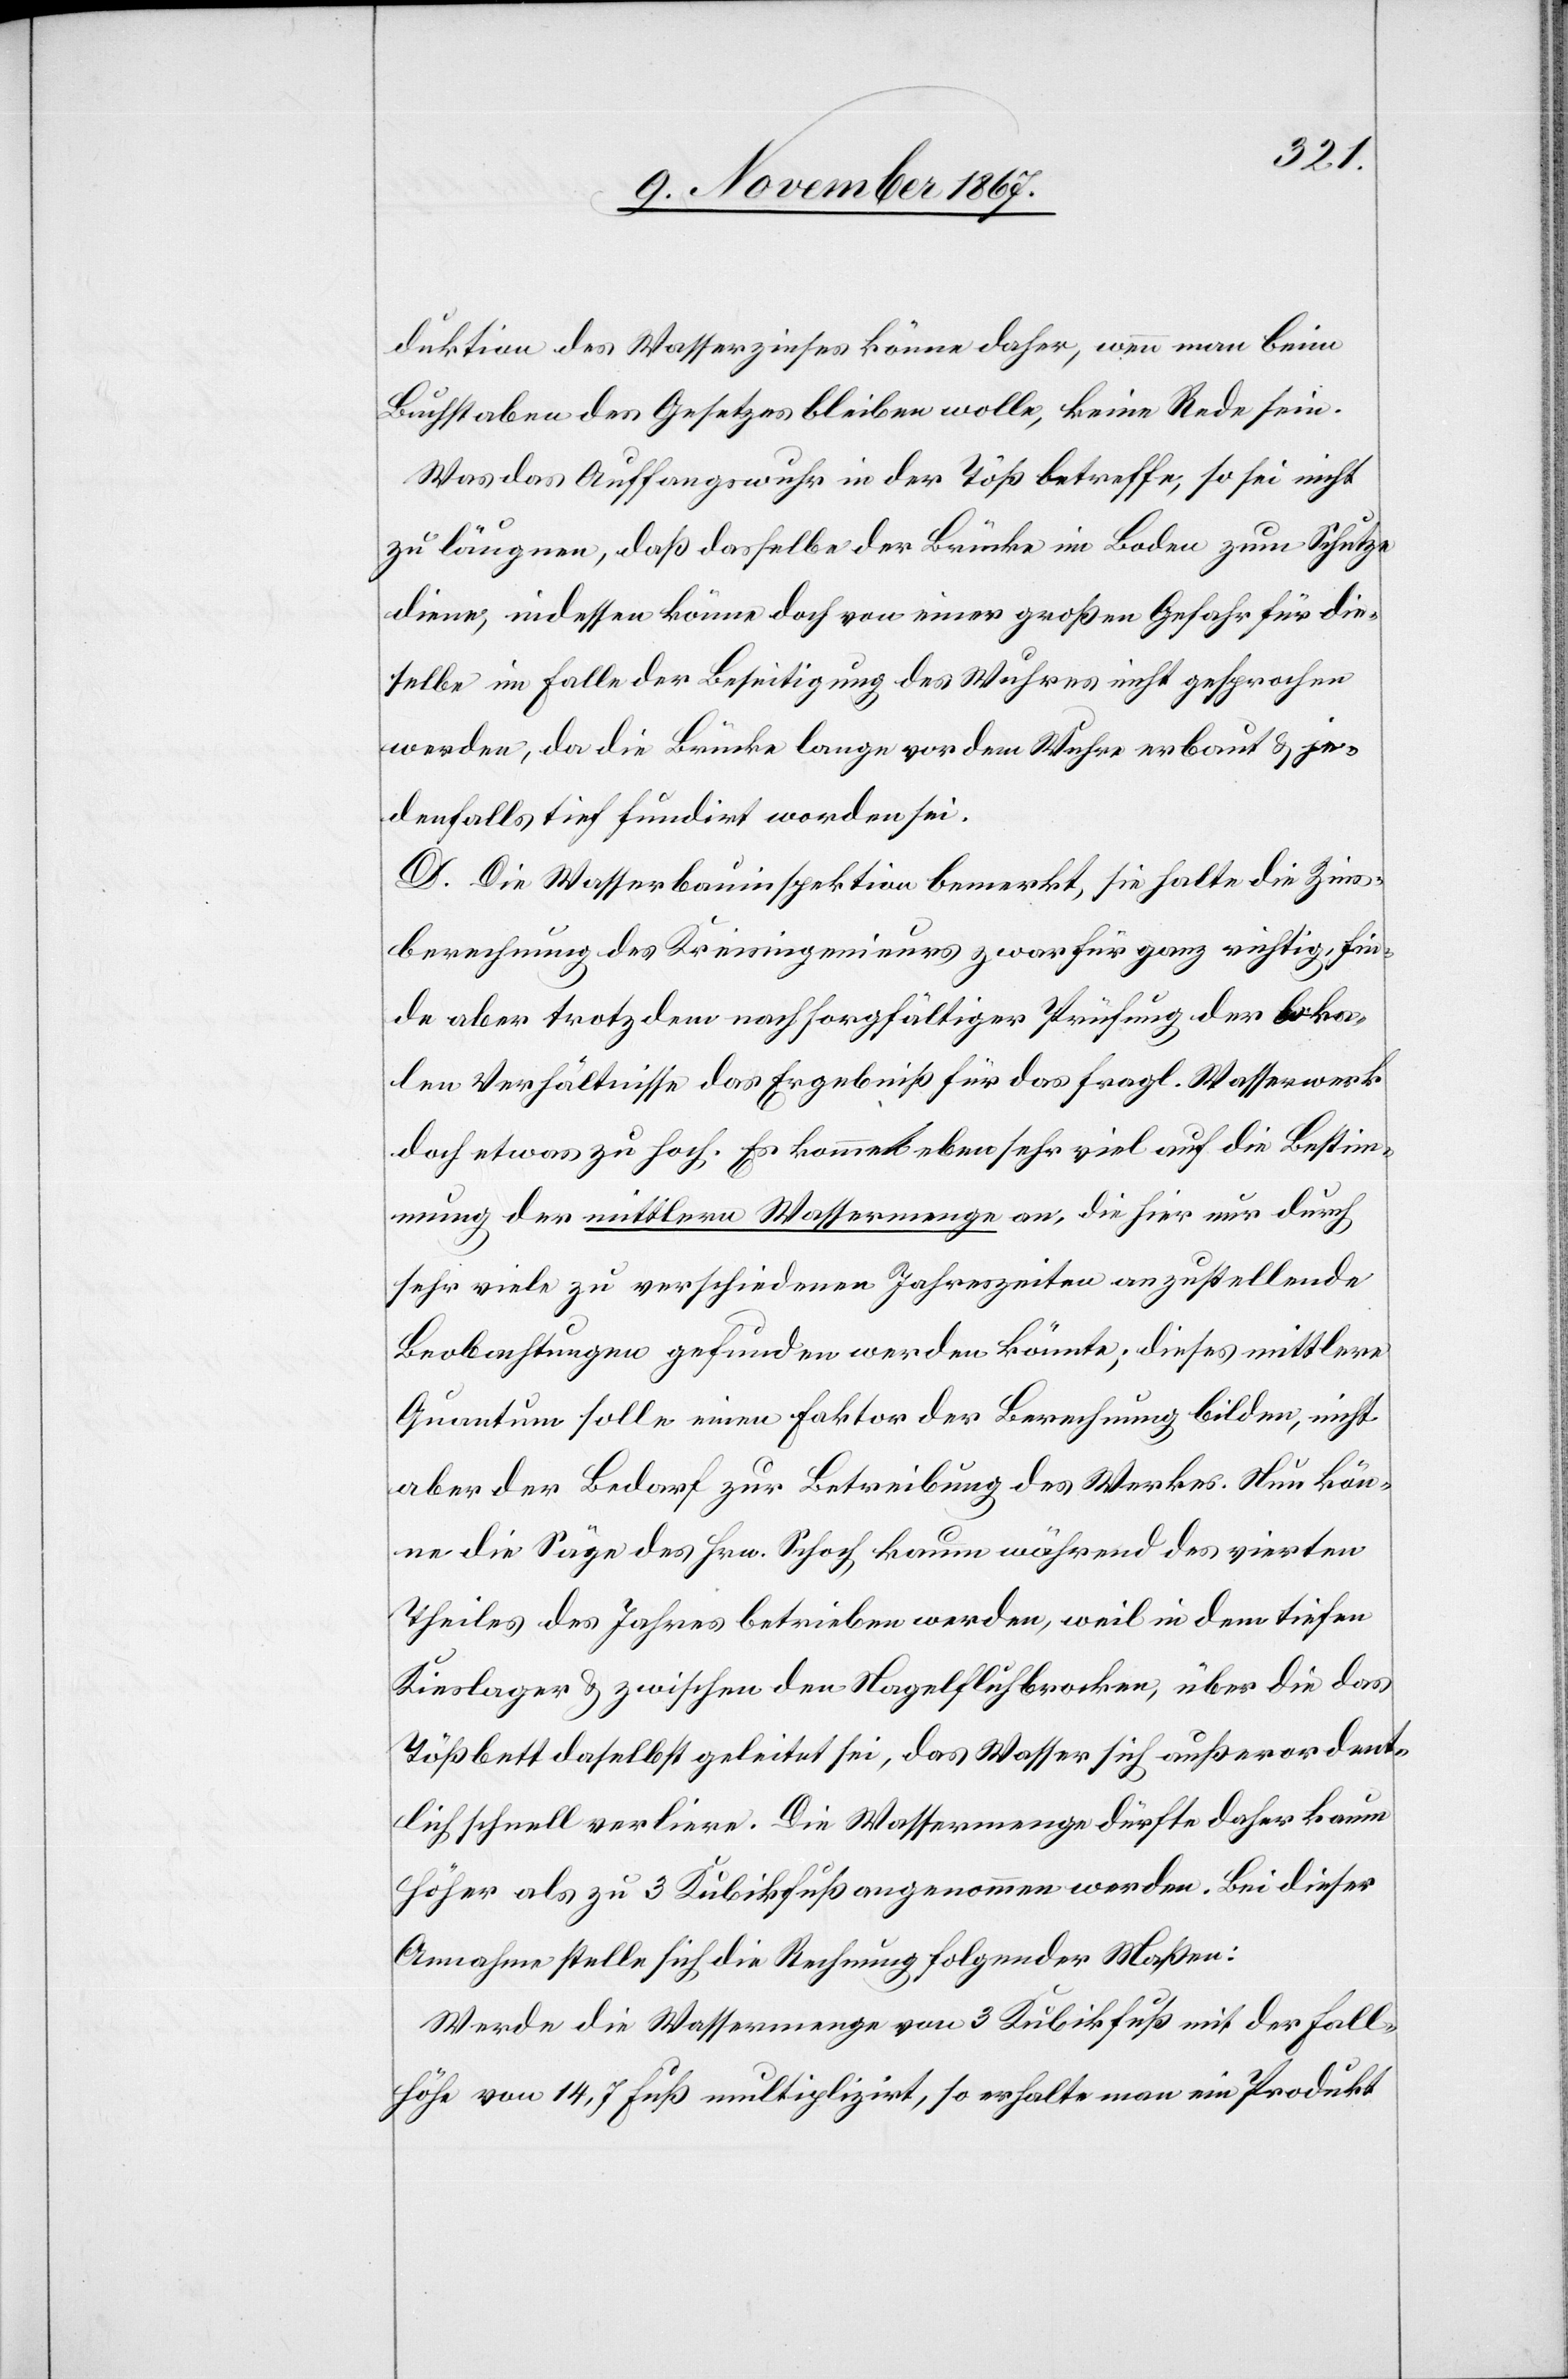
duktion des Wasserzinses könne daher, wenn man beim
Buchstaben des Gesetzes bleiben wolle, keine Rede sein.
Was das Auffangswuhr in der Töß betreffe, so sei nicht
zu läugnen, daß dasselbe der Brücke im Boden zum Schutze
diene, indessen könne doch von einer Gefahr für die¬
selbe im Falle der Beseitigung des Wuhres nicht gesprochen
werden, da die Brücke lange vor dem Wuhre erbaut u. je¬
denfalls tief fundirt worden sei.
D. Die Wasserbauinspektion bemerkt, sie halte die Zins¬
berechnung des Kreisingenieurs zwar für ganz richtig, fin¬
de aber trotz dem nach sorgfältiger Prüfung der loka¬
len Verhältnisse das Ergebniß für das fragl. Wasserwerk
doch etwas zu hoch. Es kommt eben sehr viel auf die Bestim¬
mung der mittlern Wassermenge an, die hier nur durch
sehr viele zu verschiedenen Jahreszeiten anzustellende
aber der Bedarf zur Betreibung des Werkes. Nun kön¬
ne die Säge des Hrn. Schoch kaum während des vierten
Theiles des Jahres betrieben werden, weil in dem tiefen
Kieslager u. zwischen den Nagelfluhbrocken, über die das
Tößbett daselbst geleitet sei, das Wasser sich außerordent¬
lich schnell verliere. Die Wassermenge dürfte daher kaum
höher als zu 3 Kubikfuß angenommen werden. Bei dieser
Annahme stelle sich die Rechnung folgender Maßen:
Werde die Wassermenge von 3 Kubikfuß mit der Fall¬
höhe von 14 Fuß multiplizirt, so erhalte man ein Produkt